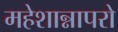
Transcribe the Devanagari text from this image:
महेशान्नापरो